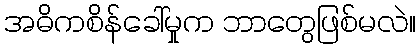
အဓိကစိန်ခေါ်မှုက ဘာတွေဖြစ်မလဲ။